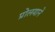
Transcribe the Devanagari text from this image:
प्रोलयाने